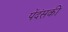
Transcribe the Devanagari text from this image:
पेंदंसकी